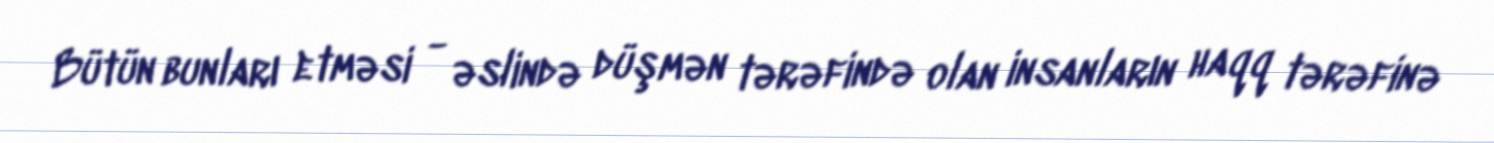
Bütün bunları etməsi - əslində düşmən tərəfində olan insanların haqq tərəfinə